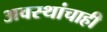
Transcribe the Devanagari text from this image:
अवस्थांचाही